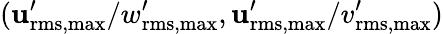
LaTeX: ({\mathbf{u}_{\mathrm{{rms,max}}}^{\prime}}/{w_{\mathrm{{rms,max}}}^{\prime}},{\mathbf{u}_{\mathrm{{rms,max}}}^{\prime}}/{v_{\mathrm{{rms,max}}}^{\prime}})